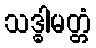
သဒ္ဓါမတ္တံ